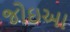
જોઇઆ